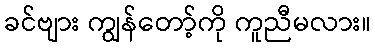
ခင်ဗျား ကျွန်တော့်ကို ကူညီမလား။